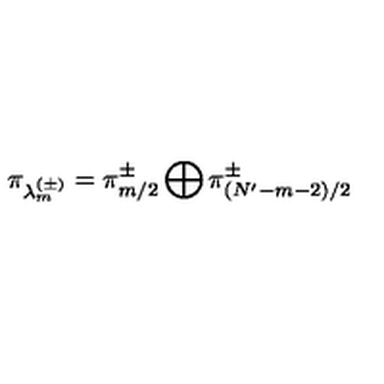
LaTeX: \pi _ { \lambda _ { m } ^ { ( \pm ) } } = \pi _ { m / 2 } ^ { \pm } \bigoplus \pi _ { ( N ^ { \prime } - m - 2 ) / 2 } ^ { \pm }